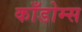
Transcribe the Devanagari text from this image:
काँडोम्स